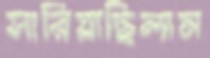
সারিয়াছিলাম